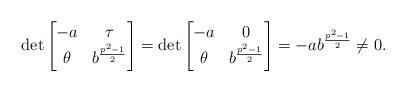
LaTeX: \begin{align*}\det \left[\begin{matrix} -a & \tau \\ \theta & b^{\frac{p^2-1}{2}} \end{matrix} \right] = \det \left[\begin{matrix} -a & 0 \\ \theta & b^{\frac{p^2-1}{2}} \end{matrix} \right] = -ab^{\frac{p^2-1}{2}} \ne 0.\end{align*}